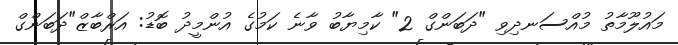
މައުލޫމާތު މުއްސަނދިވި "ދަބަންގް 2" ކާމިޔާބު ވާނެ ކަމުގެ އުންމީދު ބޮޑު: އަރްބާޒް"ދަބަންގް